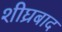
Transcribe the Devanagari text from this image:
शीघ्रबाद